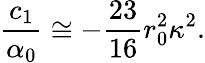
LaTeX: \frac{c_{1}}{\alpha_{0}}\cong-\frac{23}{16}r_{0}^{2}\kappa^{2}.